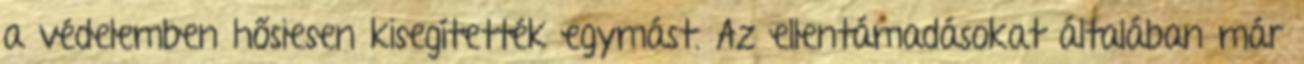
a védelemben hősiesen kisegítették egymást. Az ellentámadásokat általában már